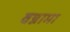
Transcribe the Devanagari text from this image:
वन्नामा